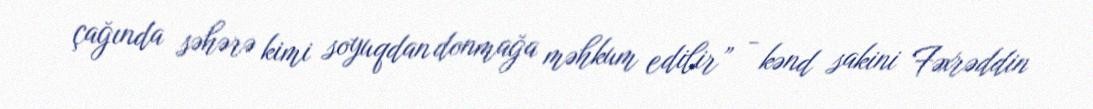
çağında səhərə kimi soyuqdan donmağa məhkum edilir” - kənd sakini Fəxrəddin